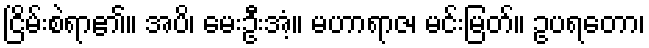
ငြိမ်းစဲရာ၏။ အပိ၊ မေးဦးအံ့။ မဟာရာဇ၊ မင်းမြတ်။ ဥပရတော၊